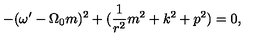
- ( \omega ^ { \prime } - \Omega _ { 0 } m ) ^ { 2 } + ( \frac { 1 } { r ^ { 2 } } m ^ { 2 } + k ^ { 2 } + p ^ { 2 } ) = 0 ,